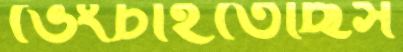
ভেংচাইতেছিস